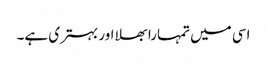
اسی میں تمہارا بھلا اور بہتری ہے۔